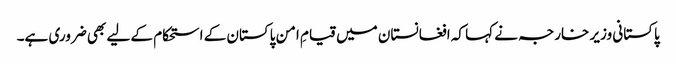
پاکستانی وزیر خارجہ نے کہا کہ افغانستان میں قیامِ امن پاکستان کے استحکام کے لیے بھی ضروری ہے۔